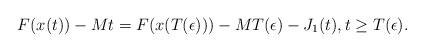
LaTeX: \begin{align*} F(x(t))-Mt= F(x(T(\epsilon)))-MT(\epsilon)-J_1(t), t\geq T(\epsilon). \end{align*}